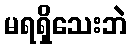
မရရှိသေးဘဲ